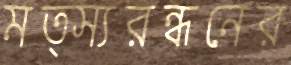
মত্স্যরন্ধনের